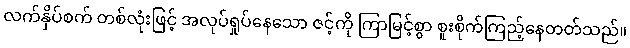
လက်နှိပ်စက် တစ်လုံးဖြင့် အလုပ်ရှုပ်နေသော ဇင့်ကို ကြာမြင့်စွာ စူးစိုက်ကြည့်နေတတ်သည်။